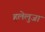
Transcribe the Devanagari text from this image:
हलेलुजा